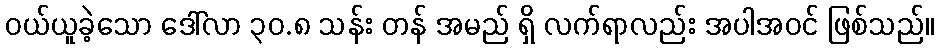
ဝယ်ယူခဲ့သော ဒေါ်လာ ၃၀.၈ သန်း တန် အမည် ရှိ လက်ရာလည်း အပါအဝင် ဖြစ်သည်။